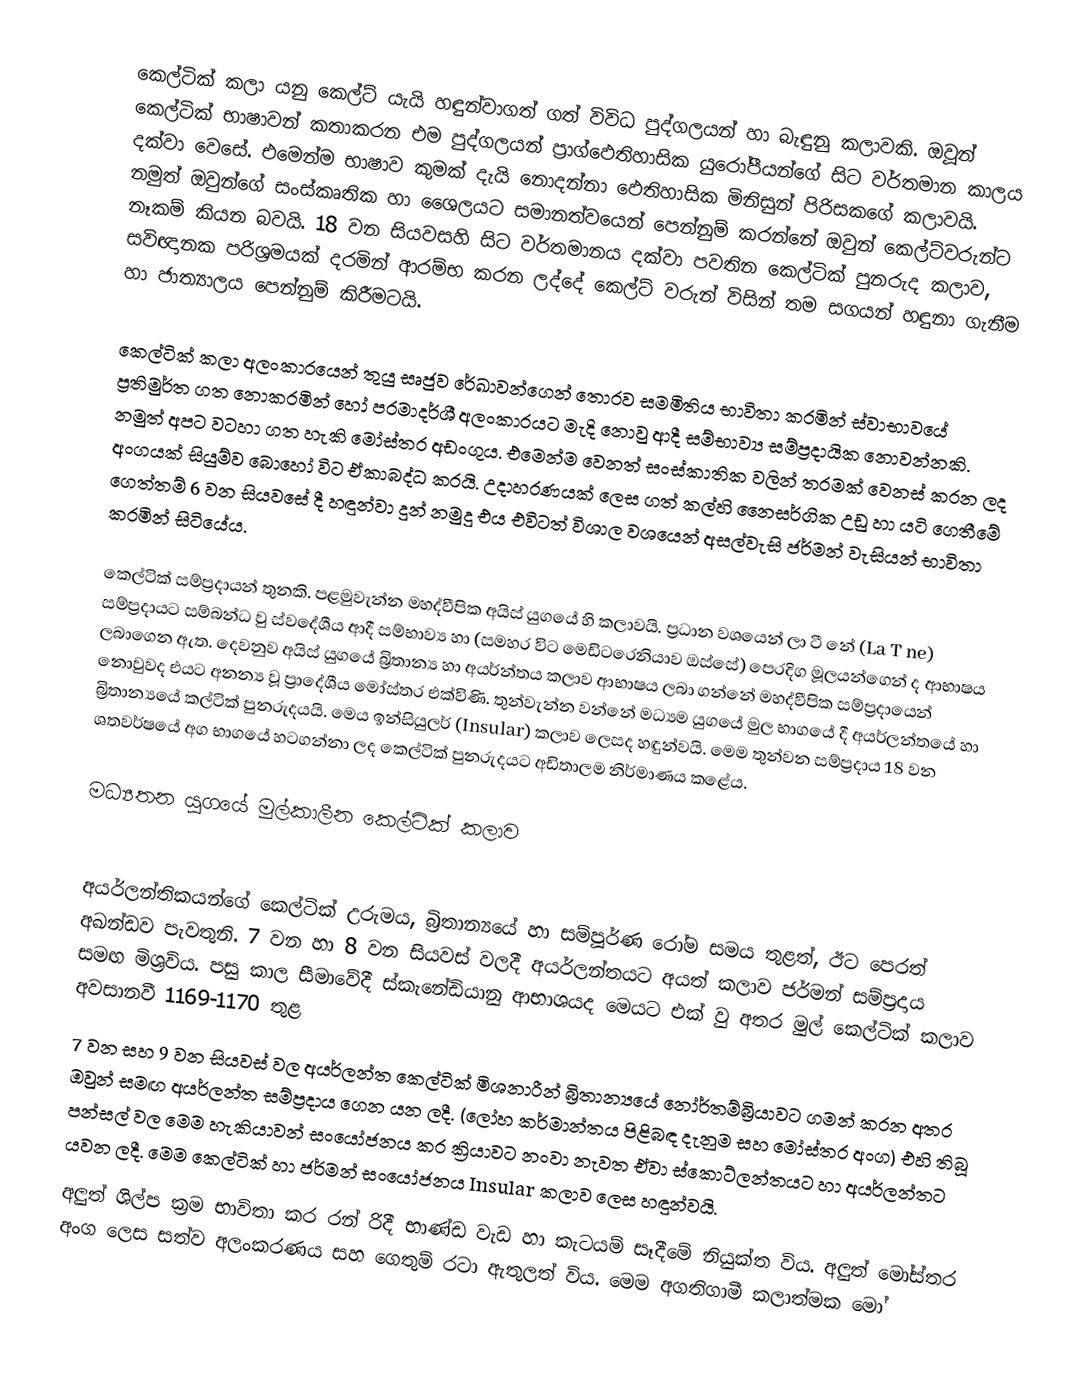
කෙල්ටික් කලා යනු කෙල්ට් යැයි හඳුන්වාගත් ගත් විවිධ පුද්ගලයන් හා බැඳුනු කලාවකි. ඔවූන් කෙල්ටික් භාෂාවන් කතාකරන එම පුද්ගලයන් ප්‍රාග්ඵෙතිහාසික යුරෝපීයන්ගේ සිට වර්තමාන කාලය දක්වා වෙසේ. එමෙන්ම භාෂාව කුමක් දැයි නොදන්නා ඵෙතිහාසික මිනිසුන් පිරිසකගේ කලාවයි. නමුත් ඔවුන්ගේ සංස්කෘතික හා ශෛලයට සමානත්වයෙන් පෙන්නුම් කරන්නේ ඔවුන් කෙල්ට්වරුන්ට නෑකම් කියන බවයි. 18 වන සියවසහි සිට වර්තමානය දක්වා පවතින කෙල්ටික් පුනරුද කලාව, සවිඥානක පරිශ්‍රමයක් දරමින් ආරම්භ කරන ලද්දේ කෙල්ට් වරුන් විසින් තම සගයන් හඳුනා ගැනීම හා ජාත්‍යාලය පෙන්නුම් කිරීමටයි.

කෙල්ටික් කලා අලංකාරයෙන් තුයු සෘජුව රේඛාවන්ගෙන් තොරව සමමිතිය භාවිතා කරමින් ස්වාභාවයේ ප්‍රතිමුර්ත ගත නොකරමින් හෝ පරමාදර්ශී අලංකාරයට මැදි නොවු ආදී සම්භාව්‍ය සම්ප්‍රදායික නොවන්නකි. නමුත් අපට වටහා ගත හැකි මෝස්තර අඩංගුය. එමෙන්ම වෙනත් සංස්කාතික වලින් තරමක් වෙනස් කරන ලද අංගයක් සියුම්ව බොහෝ විට ඒකාබද්ධ කරයි. උදාහරණයක් ලෙස ගත් කල්හි නෛසර්ගික උඩු හා යටි ගෙතීමේ ගෙත්තම් 6 වන සියවසේ දී හඳුන්වා දුන් නමුදු එය එවිටත් විශාල වශයෙන් අසල්වැසි ජර්මන් වැසියන් භාවිතා කරමින් සිටියේය.

කෙල්ටික් සම්ප්‍රදායන් තුනකි. පළමුවැන්න මහද්වීපික අයිස් යුගයේ හි කලාවයි. ප්‍රධාන වශයෙන් ලා ටී නේ (La T ne) සම්ප්‍රදායට සම්බන්ධ වු ස්වදේශීය ආදී සම්භාව්‍ය හා (සමහර විට මෙඩිටරෙනියාව ඔස්සේ) පෙරදිග මූලයන්ගෙන් ද ආභාෂය ලබාගෙන ඇත. දෙවනුව අයිස් යුගයේ බ්‍රිතාන්‍ය හා අයර්න්තය කලාව ආභාෂය ලබා ගන්නේ මහද්වීපික සම්ප්‍රදායෙන් නොවුවද එයට අනන්‍ය වූ ප්‍රාදේශීය මෝස්තර එක්විණි. තුන්වැන්න වන්නේ මධ්‍යම යුගයේ මුල භාගයේ දී අයර්ලන්තයේ හා බ්‍රිතාන්‍යයේ කල්ටික් පුනරුදයයි. මෙය ඉන්සියුලර් (Insular) කලාව ලෙසද හඳුන්වයි. මෙම තුන්වන සම්ප්‍රදාය 18 වන ශතවර්ෂයේ අග භාගයේ හටගන්නා ලද කෙල්ටික් පුනරුදයට අඩිතාලම නිර්මාණය කළේය.

මධ්‍යතන යුගයේ මුල්කාලීන කෙල්ටික්  කලාව

අයර්ලන්තිකයන්ගේ කෙල්ටික්  උරුමය, බ්‍රිතාන්‍යයේ හා සම්පූර්ණ රෝම සමය තුළත්, ඊට පෙරත් අඛන්ඩව පැවතුනි. 7 වන හා 8 වන සියවස් වලදී අයර්ලන්තයට අයත් කලාව ජර්මන් සම්ප්‍රදාය සමඟ මිශ්‍රවිය. පසු කාල සීමාවේදී ස්කැනේඩියානු ආභාශයද මෙයට එක් වු අතර මුල් කෙල්ටික්  කලාව අවසානවී 1169-1170 තුළ
7 වන සහ 9 වන සියවස් වල අයර්ලන්ත කෙල්ටික්  මිශනාරීන් බ්‍රිතාන්‍යයේ නෝර්තම්බ්‍රියාවට ගමන් කරන අතර ඔවුන් සමඟ අයර්ලන්ත සම්ප්‍රදාය ගෙන යන ලදී. (ලෝහ කර්මාන්තය පිළිබඳ දැනුම සහ මෝස්තර අංග) එහි තිබූ පන්සල් වල මෙම හැකියාවන් සංයෝජනය කර ක්‍රියාවට නංවා නැවත ඒවා ස්කොට්ලන්තයට හා අයර්ලන්තට යවන ලදී. මෙම කෙල්ටික්  හා ජර්මන් සංයෝජනය Insular කලාව ලෙස හඳුන්වයි.
අලුත් ශිල්ප ක්‍රම භාවිතා කර රන් රිදී භාණ්ඩ වැඩ හා කැටයම් සෑදීමේ නියුක්ත විය. අලුත් මෝස්තර අංග ලෙස සත්ව අලංකරණය සහ ගෙතුම් රටා ඇතුලත් විය. මෙම අගතිගාමී කලාත්මක මෝ